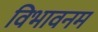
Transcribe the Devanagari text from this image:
विभावनम